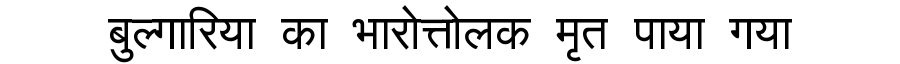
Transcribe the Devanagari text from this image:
बुल्गारिया का भारोत्तोलक मृत पाया गया